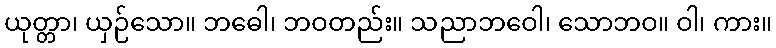
ယုတ္တာ၊ ယှဉ်သော။ ဘဓေါ၊ ဘဝတည်း။ သညာဘဝေါ၊ သောဘဝ။ ဝါ၊ ကား။